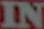
IN